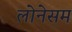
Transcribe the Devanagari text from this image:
लोनेसम